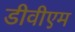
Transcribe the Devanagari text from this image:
डीवीएम